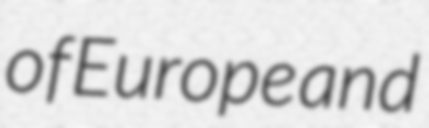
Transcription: of Europe and